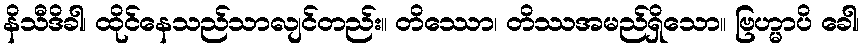
နိသီဒိခါ၊ ထိုင်နေသည်သာလျင်တည်း။ တိဿော၊ တိဿအမည်ရှိသော။ ဗြဟ္မာပိ ခေါ၊